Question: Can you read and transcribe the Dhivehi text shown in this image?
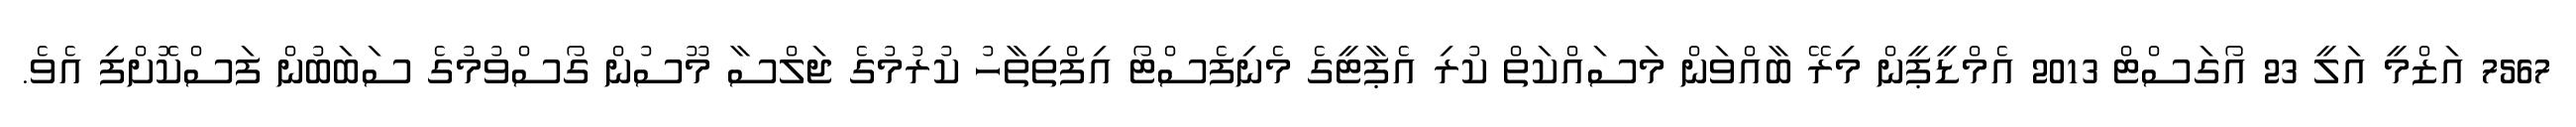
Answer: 7567 އަޒްމީ އަލީ 23 އޯގަސްޓް 2013 އެމްޑީޕީން މިރޭ ބާއްވަން މަސައްކަތް ކުރި އެޕާޓީގެ މެނިފެސްޓޯ އިފްތިތާހު ކުރުމުގެ ޖަލްސާ މޫސުން ގޯސްވުމުގެ ސަބަބުން ފަސްކޮށްފި އެވެ.